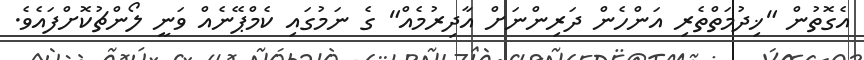
އެގޮތުން "ޚިދުމަތްތެރި އަންހެން ދަރިންނަށް އާދިރުމެއް" ގެ ނަމުގައި ކެމްޕޭނެއް ވަނީ ލޯންޗުކޮށްފައެވެ.